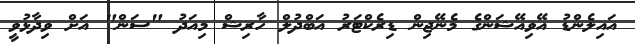
އައިލެންޑު އޭވިއޭޝަންގެ މެނޭޖިން ޑިރެކްޓަރު އަބްދުލް ހާރިޝް މިއަދު "ސަން" އަށް ވިދާޅުވީ